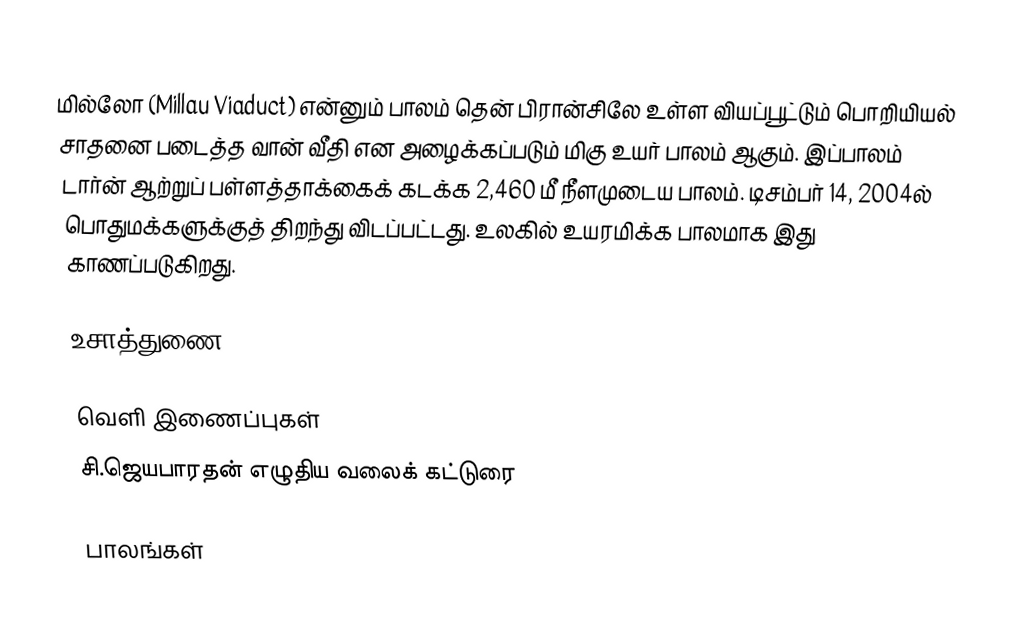
மில்லோ (Millau Viaduct) என்னும் பாலம் தென் பிரான்சிலே உள்ள வியப்பூட்டும் பொறியியல் சாதனை படைத்த வான் வீதி என அழைக்கப்படும் மிகு உயர் பாலம் ஆகும். இப்பாலம் டார்ன் ஆற்றுப் பள்ளத்தாக்கைக் கடக்க 2,460 மீ நீளமுடைய பாலம். டிசம்பர் 14, 2004ல் பொதுமக்களுக்குத் திறந்து விடப்பட்டது. உலகில் உயரமிக்க பாலமாக இது காணப்படுகிறது.

உசாத்துணை

வெளி இணைப்புகள்
   சி.ஜெயபாரதன் எழுதிய வலைக் கட்டுரை

பாலங்கள்